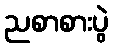
ညစာစားပွဲ